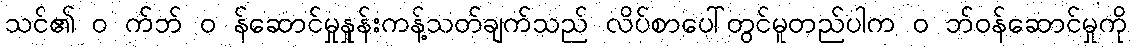
သင်၏ ၀ က်ဘ် ၀ န်ဆောင်မှုနှုန်းကန့်သတ်ချက်သည် လိပ်စာပေါ်တွင်မူတည်ပါက ၀ ဘ်ဝန်ဆောင်မှုကို